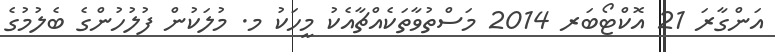
އަންގާރަ 21 އޮކްޓޯބަރ 2014 މަސްތުވާތަކެއްޗާއެކު މީހަކު މ. މުލަކުން ފުލުހުންގެ ބެލުމުގެ